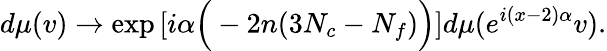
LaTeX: d\mu(v)\to\mathrm{exp}\left[i\alpha\Big(-2n(3N_{c}-N_{f})\Big)\right]d\mu(e^{i(x-2)\alpha}v).